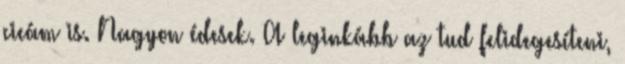
cicám is. Nagyon édesek. A leginkább az tud felidegesíteni,